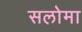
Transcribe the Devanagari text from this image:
सलोमा